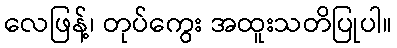
လေဖြန့်၊ တုပ်ကွေး အထူးသတိပြုပါ။